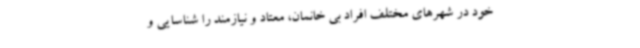
خود در شهرهای مختلف افراد بی خانمان، معتاد و نیازمند را شناسایی و